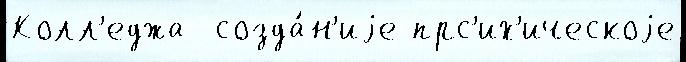
Колл'еджа  созда́н'иjе прс'их'ическоjе